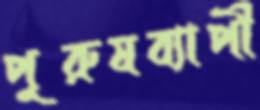
পুরুষব্যাপী